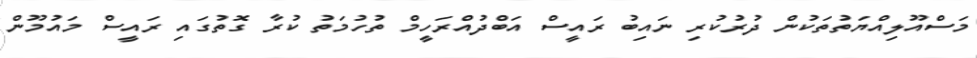
މަސްއޫލިއްޔަތުތަކުން ދުރުކުރި ނައިބު ރައީސް އަބްދުއްރަހީމް ތުހުމަތު ކުރާ ގޮތުގައި ރައީސް މައުމޫން